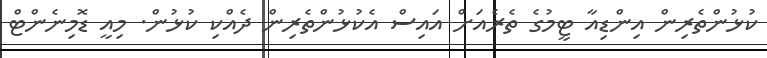
ކުޅުންތެރިން އިންޑިއާ ޓީމުގެ ތެރެއަށް އައިސް އެކުޅުންތެރިން ދެއްކި ކުޅުން. މިއީ ޑޮމިނެންޓް